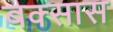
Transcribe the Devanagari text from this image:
बक्सास